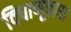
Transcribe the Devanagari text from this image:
विषाणूबाधा